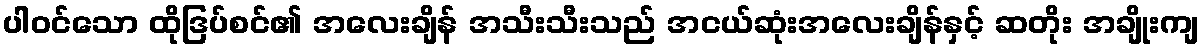
ပါဝင်သော ထိုဒြပ်စင်၏ အလေးချိန် အသီးသီးသည် အငယ်ဆုံးအလေးချိန်နှင့် ဆတိုး အချိုးကျ